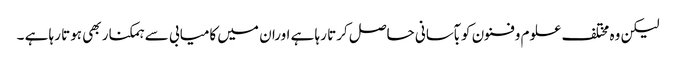
لیکن وہ مختلف علوم وفنون کو بآسانی حاصل کرتا رہا ہے اوران میں کامیابی سے ہمکنار بھی ہوتا رہا ہے ۔